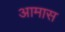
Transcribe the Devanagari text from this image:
आमास